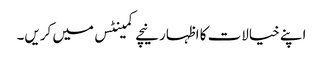
اپنے خیالات کا اظہار نیچے کمینٹس میں کریں۔